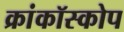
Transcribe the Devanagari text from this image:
क्रांकॉस्कोप